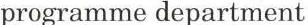
programme department